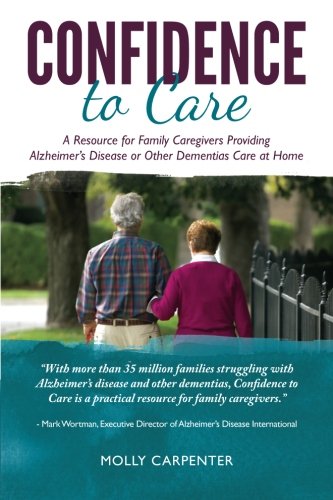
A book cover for Confidence to Care: [US Edition] A Resource for Family Caregivers Providing Alzheimer's Disease or Other Dementias Care at Home; Molly Carpenter; Parenting & Relationships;